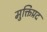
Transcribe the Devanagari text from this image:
मुक्तिप्रद